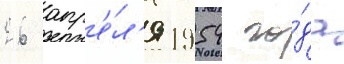
26 апр'е́л'я 1954 го́да